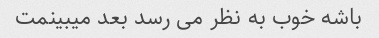
باشه خوب به نظر می رسد بعد میبینمت